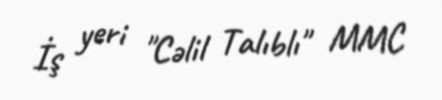
İş yeri "Cəlil Talıblı" MMC